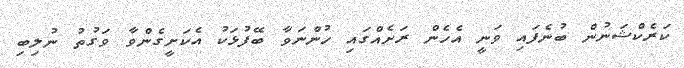
ކަރެކްޝަނުން ބުނެފައި ވަނީ އެހެން ރަށެއްގައި ހުންނަވާ ބޭފުޅަކު އެކަށީގެންވާ ވަގުތު ނުލިބި